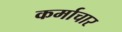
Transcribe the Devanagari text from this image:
कर्माचार